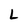
Character: L